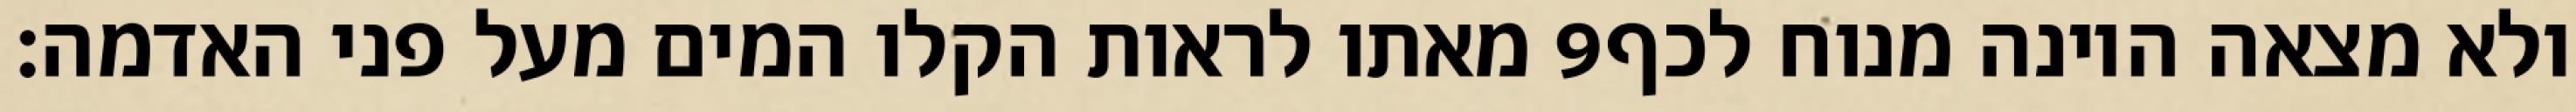
מאתו לראות הקלו המים מעל פני האדמה׃ ‎9‏ ולא מצאה היונה מנוח לכף